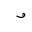
Letter: _waw